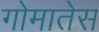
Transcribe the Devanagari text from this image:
गोमातेस